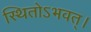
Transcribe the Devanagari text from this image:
स्थितोऽभवत्‌।